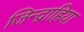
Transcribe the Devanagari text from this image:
जिन्द्राहिया